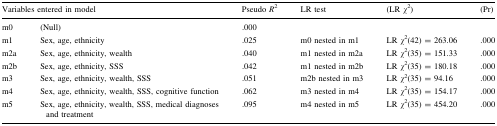
| <COLSPAN=2> Variables entered in model | Pseudo R2 | LR test | (LR χ2) | (Pr) |
 | --- | --- | --- | --- | --- | --- |
 | m0 | (Null) | .000 |  |  |  |
 | m1 | Sex, age, ethnicity | .025 | m0 nested in m1 | LR χ2(42) = 263.06 | .000 |
 | m2a | Sex, age, ethnicity, wealth | .040 | m1 nested in m2a | LR χ2(35) = 151.33 | .000 |
 | m2b | Sex, age, ethnicity, SSS | .042 | m1 nested in m2b | LR χ2(35) = 180.18 | .000 |
 | m3 | Sex, age, ethnicity, wealth, SSS | .051 | m2b nested in m3 | LR χ2(35) = 94.16 | .000 |
 | m4 | Sex, age, ethnicity, wealth, SSS, cognitive function | .062 | m3 nested in m4 | LR χ2(35) = 154.17 | .000 |
 | m5 | Sex, age, ethnicity, wealth, SSS, medical diagnoses and treatment | .095 | m4 nested in m5 | LR χ2(35) = 454.20 | .000 |